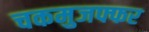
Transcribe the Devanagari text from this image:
चकमुजफ्फर